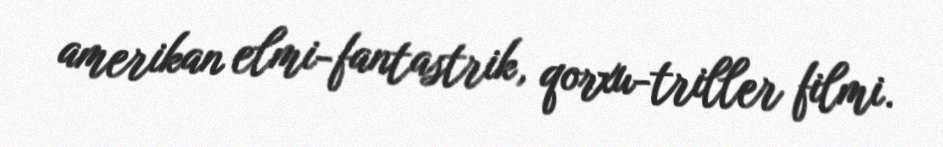
amerikan elmi-fantastrik, qorxu-triller filmi.